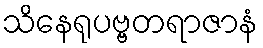
သိနေရုပဗ္ဗတရာဇာနံ